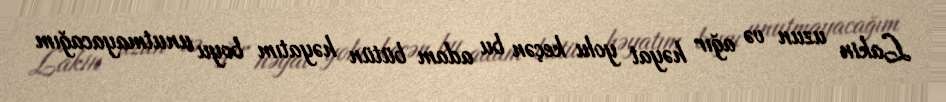
Lakin uzun və ağır həyat yolu keçən bu adam bütün həyatım boyu unutmayacağım